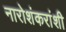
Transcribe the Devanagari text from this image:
नारोशंकरांशी